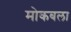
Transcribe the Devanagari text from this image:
मोकबला